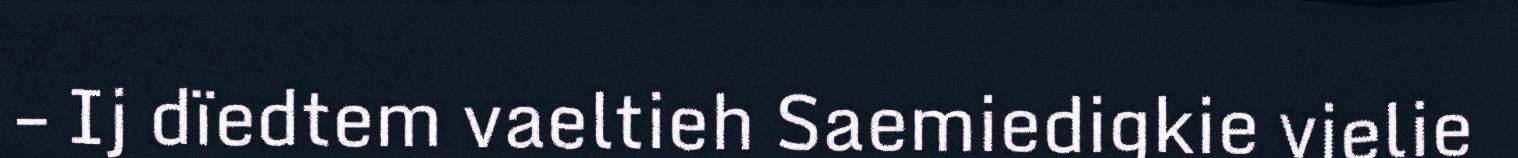
– Ij dïedtem vaeltieh Saemiedigkie vielie